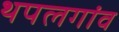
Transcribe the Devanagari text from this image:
थपलगांव